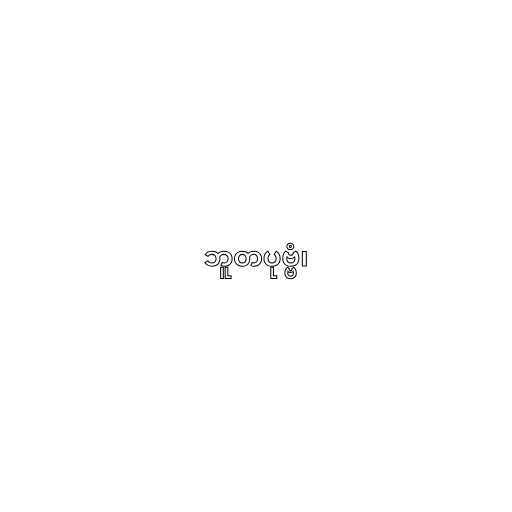
ဘူတပုဗ္ဗံ၊